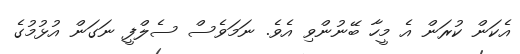
އެކަން ކުރަން އެ މީހާ ބޭނުންވި އެވެ. ނަމަވެސް ސެލްފީ ނަގަން އުޅުމުގެ